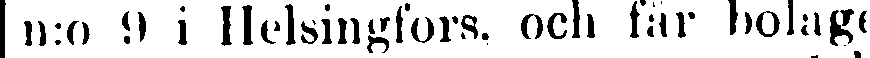
n:o 9 i Helsingfors, och får bolage